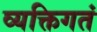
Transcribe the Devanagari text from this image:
व्यक्तिगतं